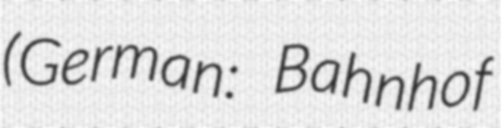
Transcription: (German: Bahnhof